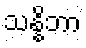
သန္နိဘာ